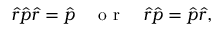
\hat { r } \hat { p } \hat { r } = \hat { p } \quad \mathrm { ~ o ~ r ~ } \quad \hat { r } \hat { p } = \hat { p } \hat { r } ,